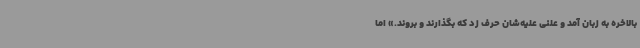
بالاخره به زبان آمد و علنی علیه‌شان حرف زد که بگذارند و بروند.» اما